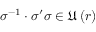
\sigma ^ { - 1 } \cdot \sigma ^ { \prime } \sigma \in \mathfrak { U } \left( r \right)